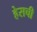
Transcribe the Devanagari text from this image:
हेसची